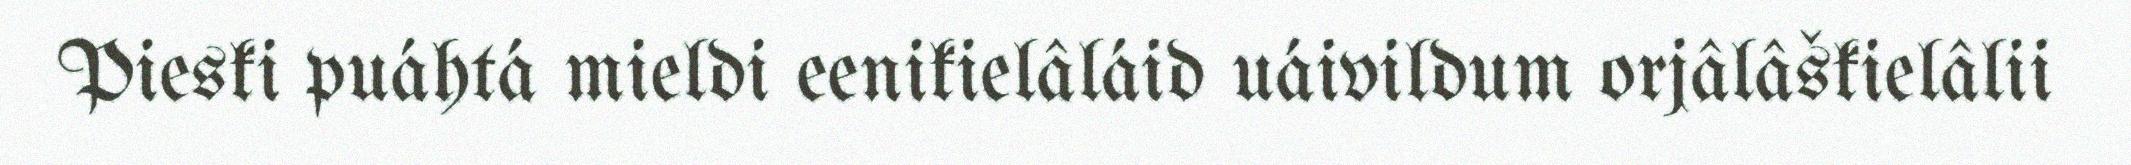
Pieski puáhtá mieldi eenikielâláid uáivildum orjâlâškielâlii